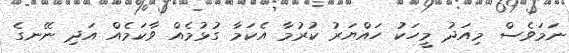
ނަމަވެސް މިއަދު މީހަކު ހައްޔަރު ކުރުމާ އެކަމާ ގުޅުމެއް ވާކަމެއް އަދި ނޭނގެ